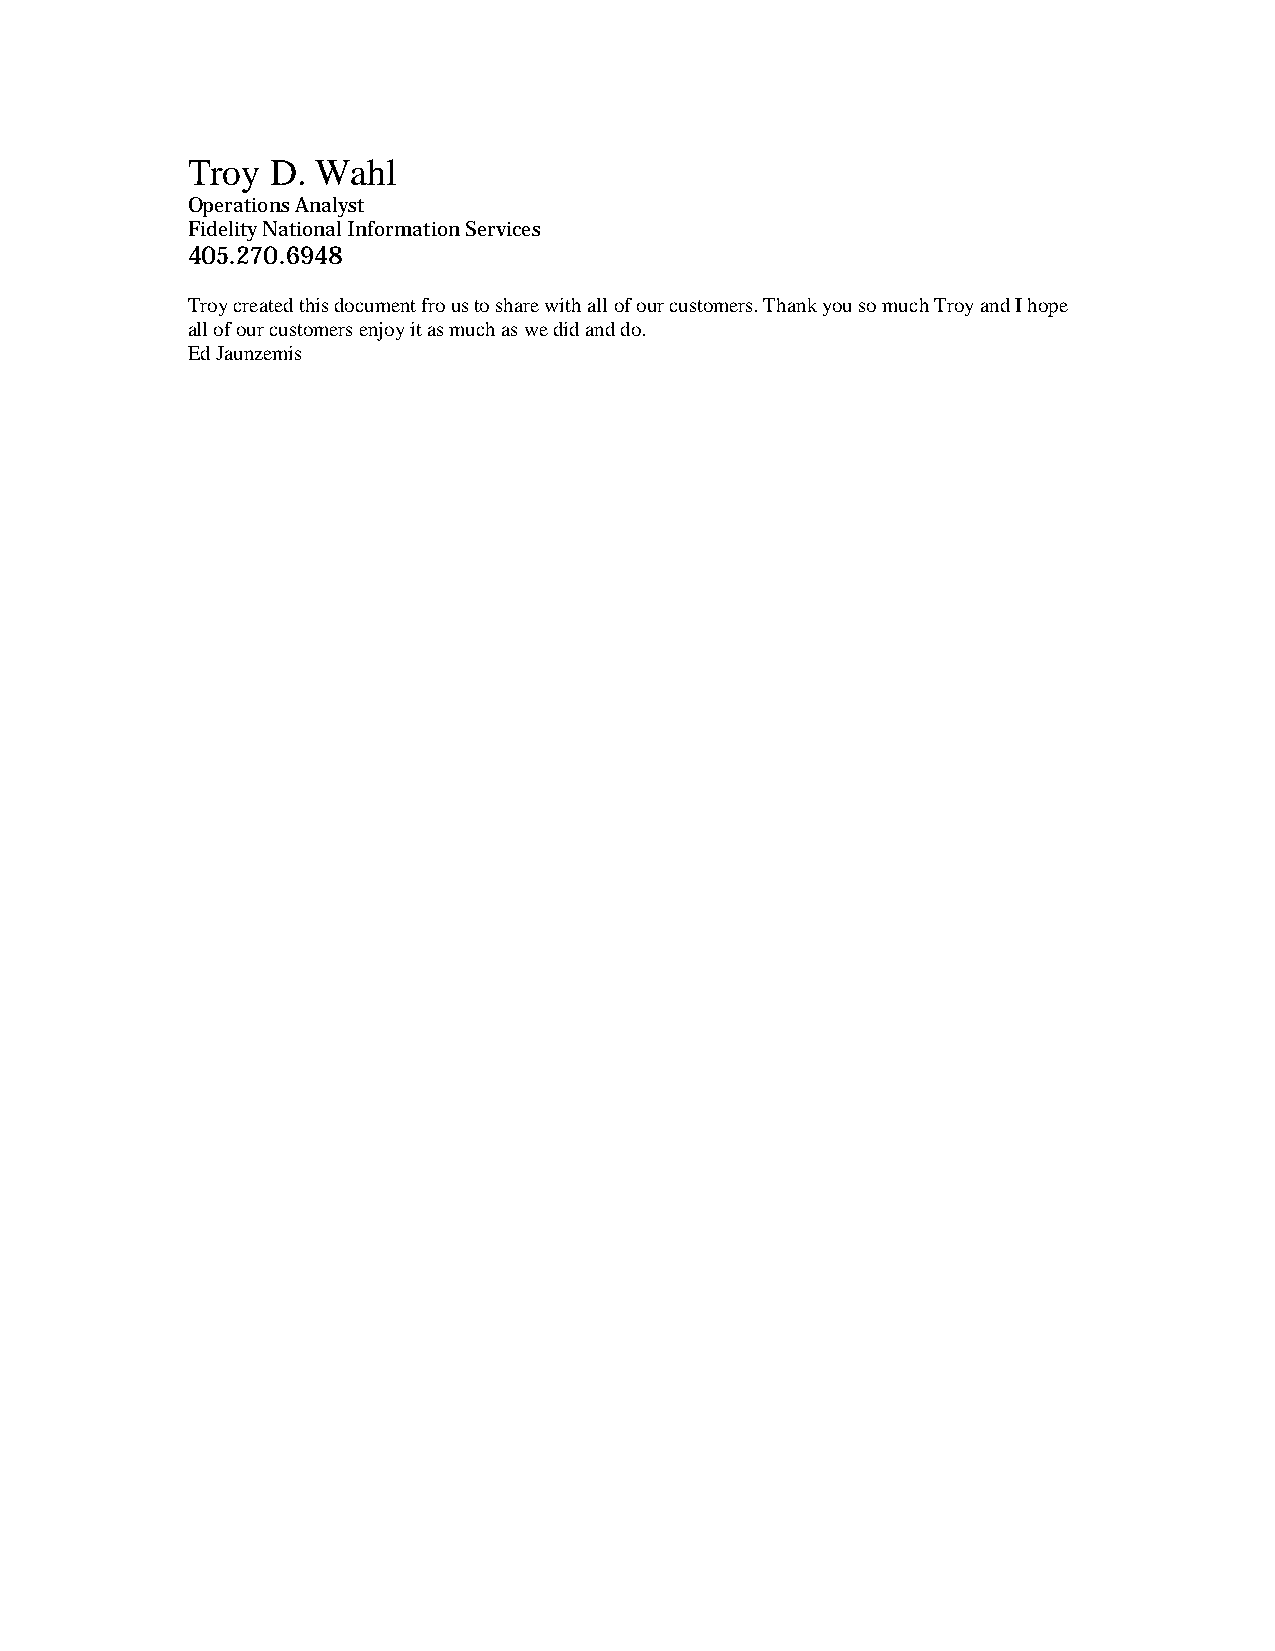
Troy  D. Wahl
 Operations Analyst
 Fidelity National Information Services
 405.270.6948
 Troy created this document fro us to share with all of our customers. Thank you so much Troy and I hope
 all of our customers enjoy it as much as we did and do.
 Ed Jaunzemis